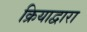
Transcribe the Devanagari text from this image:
क्रियाद्वारा